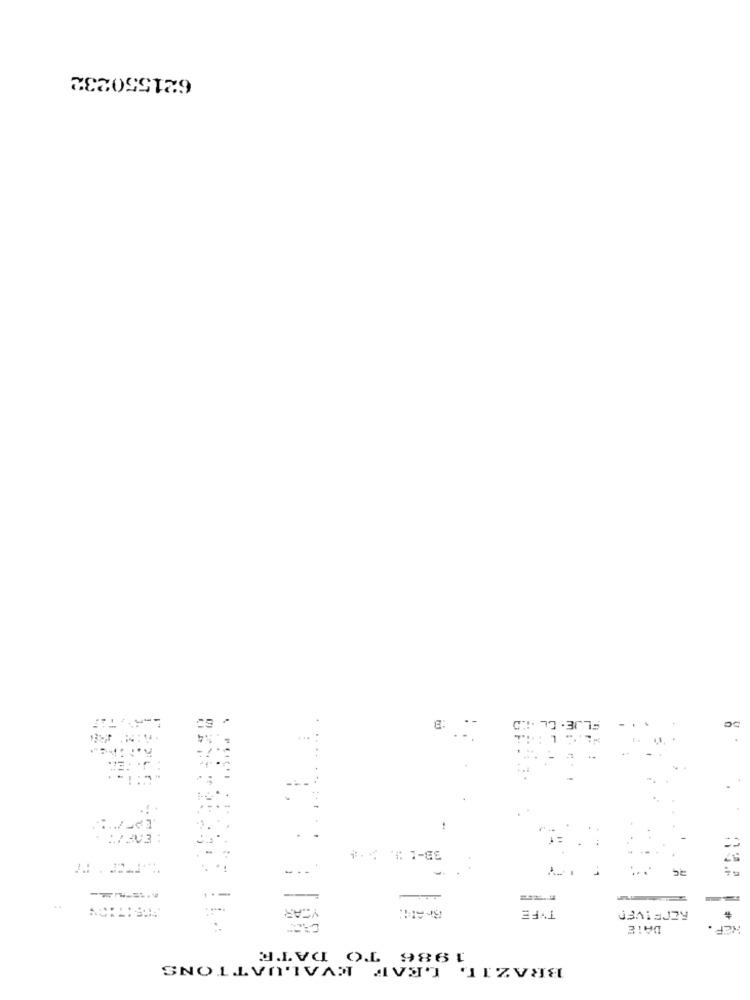
621550232
50
.
: EAF/ ..
c =
i.
---
-.
YEAR
TYFE
RECEIVED
DATE
HEP
1986 TO DATE
LEAF EVALUATIONS
BRAZIL